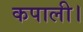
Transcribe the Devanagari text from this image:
कपाली।